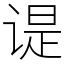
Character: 𬤊